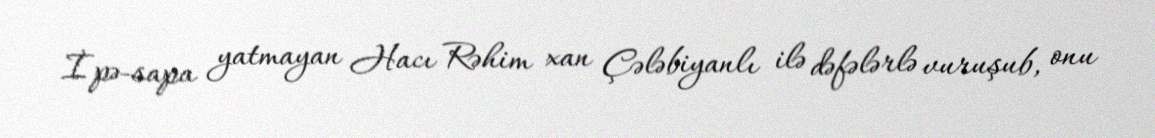
İpə-sapa yatmayan Hacı Rəhim xan Çələbiyanlı ilə dəfələrlə vuruşub, onu